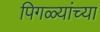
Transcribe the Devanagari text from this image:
पिगळ्यांच्या